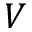
V